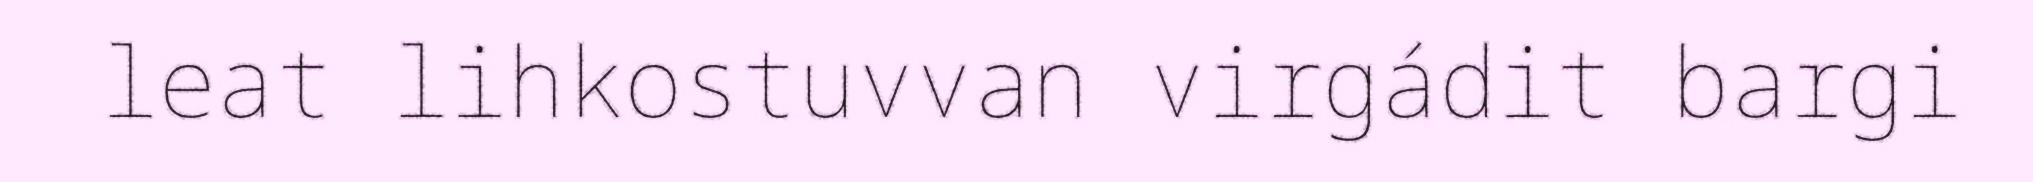
leat lihkostuvvan virgádit bargi